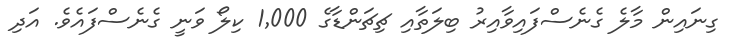
ގިނައިން މާލެ ގެނެސްފައިވާއިރު ބިލަތާއި ޗިޗަންޑާގެ 1